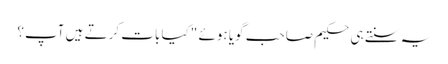
یہ سنتے ہی حکیم صاحب گویا ہوئے "کیا بات کرتے ہیں آپ؟